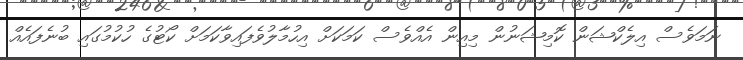
ނަމަވެސް އިލެކްޝަން ކޮމިޝަނުން މިއިން އެއްވެސް ކަމަކަށް އިހުމާލުވެފައިވާކަމަށް ކޯޓުގެ ހުކުމުގައި ބުނެފައެއް